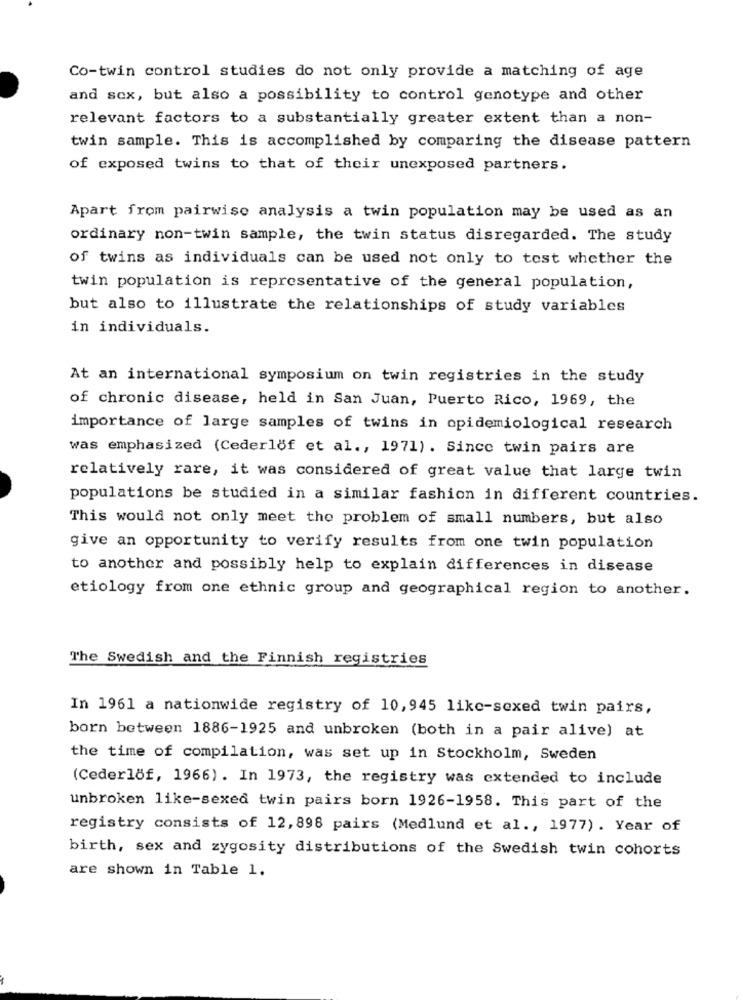
Co-twin control studies do not only provide a matching of age
and sex, but also a possibility to control genotype and other
relevant factors to a substantially greater extent than a non-
twin sample. This is accomplished by comparing the disease pattern
of exposed twins to that of their unexposed partners.
Apart from pairwise analysis a twin population may be used as an
ordinary non-twin sample, the twin status disregarded. The study
of twins as individuals can be used not only to tost whether the
twin population is representative of the general population,
but also to illustrate the relationships of study variables
in individuals.
At an international symposium on twin registries in the study
of chronic disease, held in San Juan, Puerto Rico, 1969, the
importance of large samples of twins in opidemiological research
was emphasized (Cederlof et al ., 1971). Since twin pairs are
relatively rare, it was considered of great value that large twin
populations be studied in a similar fashion in different countries.
This would not only meet the problem of small numbers, but also
give an opportunity to verify results from one twin population
to another and possibly help to explain differences in disease
etiology from one ethnic group and geographical region to another.
The Swedish and the Finnish registries
In 1961 a nationwide registry of 10,945 like-sexed twin pairs,
born between 1886-1925 and unbroken (both in a pair alive) at
the time of compilation, was set up in Stockholm, Sweden
(Cederlöf, 1966) . In 1973, the registry was extended to include
unbroken like-sexed twin pairs born 1926-1958. This part of the
registry consists of 12, 898 pairs (Medlund et al ., 1977) . Year of
birth, sex and zygosity distributions of the Swedish twin cohorts
are shown in Table 1.